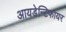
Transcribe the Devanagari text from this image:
आयडेन्टिफायर